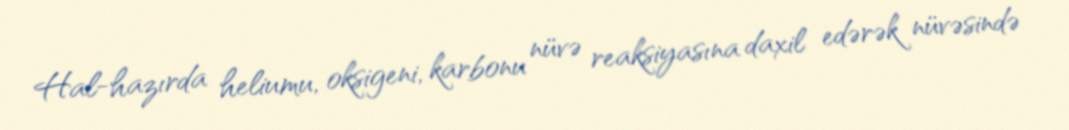
Hal-hazırda heliumu, oksigeni, karbonu nüvə reaksiyasına daxil edərək nüvəsində